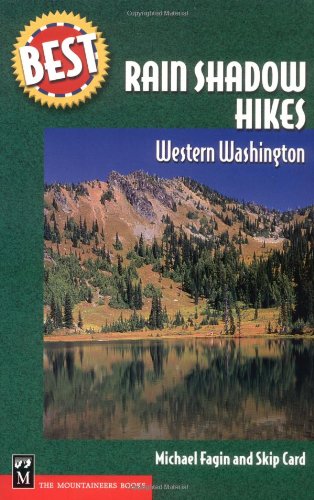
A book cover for Best Rain Shadow Hikes: Western Washington (Best Hikes); Michael Fagin; Travel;